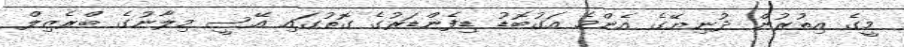
މީގެ އިތުރުން ދުނިޔޭގެ އެންމެ އަގުބޮޑު ޑިފެންޑަރުގެ ގޮތުގައި އޭސީ މިލާނުގެ ބްރެޒިލް